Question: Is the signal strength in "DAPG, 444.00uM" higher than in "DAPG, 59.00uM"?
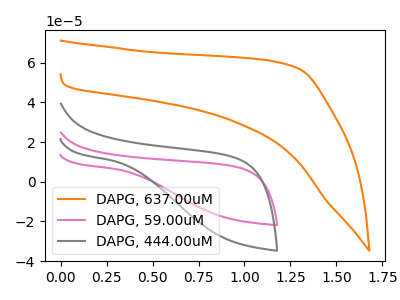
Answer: <think>The orange curve "DAPG, 637.00uM" has no peaks. The pink curve "DAPG, 59.00uM" has no peaks. The gray curve "DAPG, 444.00uM" has no peaks.
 Neither "DAPG, 444.00uM" or "DAPG, 59.00uM" have any peaks.</think>
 <answer>I cant tell if "DAPG, 444.00uM" or "DAPG, 59.00uM" has more signal.</answer>
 <eval>mixed_signal</eval>